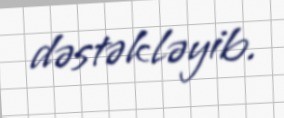
dəstəkləyib.